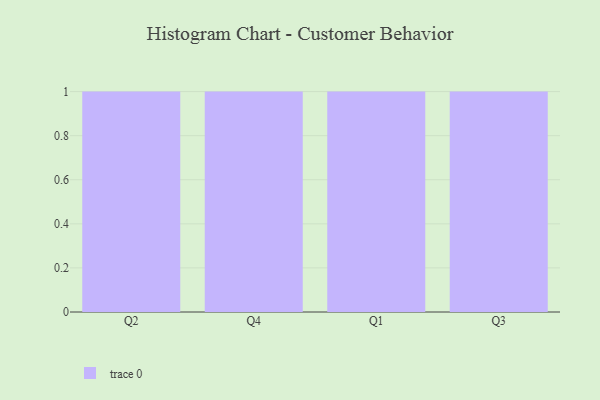
{"axis": {"x": "Quarter", "y": "Waste Production (Tons)"}, "legend": [""], "data": [{"x": "Q2", "y": 58, "type": ""}, {"x": "Q4", "y": 44, "type": ""}, {"x": "Q1", "y": 18, "type": ""}, {"x": "Q3", "y": 59, "type": ""}]}